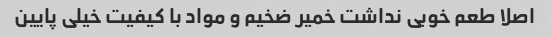
اصلا طعم خوبی نداشت خمیر ضخیم و مواد با کیفیت خیلی پایین